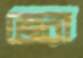
জেরা